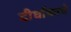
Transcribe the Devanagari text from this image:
दीर्घांकाचे